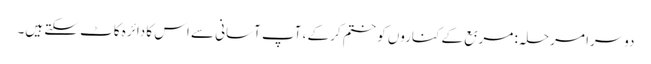
دوسرا مرحلہ: مربع کے کناروں کو ختم کرکے ، آپ آسانی سے اس کا دائرہ کاٹ سکتے ہیں۔